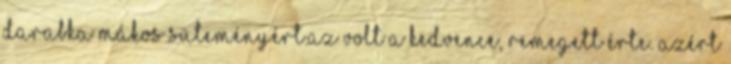
darabka mákos süteményért.Az volt a kedvence, remegett érte. Azért